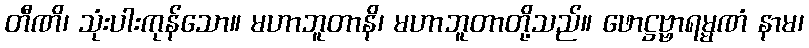
တီဏိ၊ သုံးပါးကုန်သော။ မဟာဘူတာနိ၊ မဟာဘူတာတို့သည်။ ဖောဋ္ဌဗ္ဗာရမ္မဏံ နာမ၊